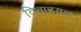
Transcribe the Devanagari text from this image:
विवाहयज्ञ